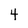
Character: 4